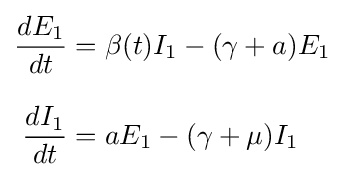
{\begin{aligned}{\frac {dE_{1}}{dt}}&=\beta (t)I_{1}-(\gamma +a)E_{1}\\[8pt]{\frac {dI_{1}}{dt}}&=aE_{1}-(\gamma +\mu )I_{1}\end{aligned}}